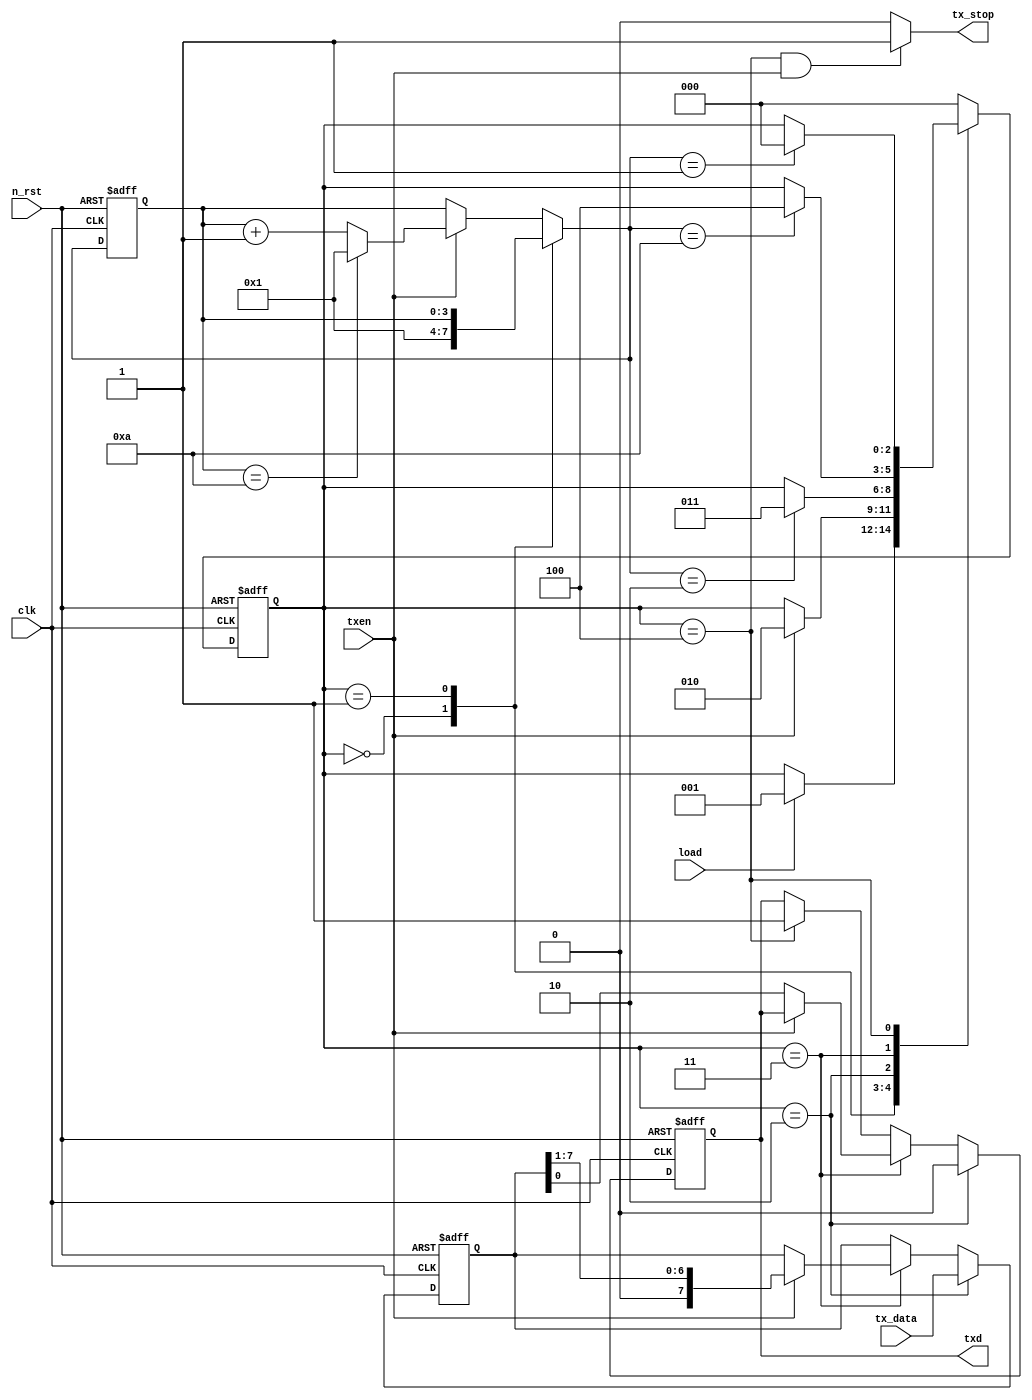
module tx(
    clk,
    n_rst,
    load,
    txen,
    tx_data,
    txd,
    tx_stop
);

input clk;
input n_rst;
input load;
input txen;
input [7:0] tx_data;

output reg txd;
output tx_stop;

localparam ST0 = 3'h0;
localparam ST1 = 3'h1;
localparam ST2 = 3'h2;
localparam ST3 = 3'h3;
localparam ST4 = 3'h4;

reg [2:0] c_state;
reg [2:0] n_state;

reg [3:0] c_cnt;
reg [3:0] n_cnt;

always @(posedge clk or negedge n_rst) begin
    if(!n_rst) begin
        c_state <= ST0;
        c_cnt <= 4'h1;
    end
    else begin
        c_state <= n_state;
        c_cnt <= n_cnt;
    end
end

always @(c_state or load or txen or n_cnt) begin
    case(c_state)
    ST0 : n_state = (load == 1'b1) ? ST1 : c_state;
    ST1 : n_state = (txen == 1'b1) ? ST2 : c_state;
    ST2 : n_state = (n_cnt == 4'h2) ? ST3 : c_state;
    ST3 : n_state = (n_cnt == 4'hA) ? ST4 : c_state;
    ST4 : n_state = (n_cnt == 4'h1) ? ST0 : c_state;
    default : n_state = ST0;
    endcase
end

always @(c_state or txen or c_cnt) begin
    case(c_state)
    ST0 : n_cnt = 4'h1;
    ST1 : n_cnt = c_cnt;
    default : n_cnt = (txen == 1'b0) ? c_cnt :
                      (c_cnt == 4'hA) ? 4'h1 : c_cnt + 4'h1;
    endcase
end

reg [7:0] tx_data_in;

always @(posedge clk or negedge n_rst) begin
    if(!n_rst) begin
        tx_data_in <= 8'h00;
    end
    else if(c_state == ST2) begin
        tx_data_in <= tx_data;
    end
    else if(c_state == ST3) begin
        tx_data_in <= (txen == 1'b1) ? {1'b0, tx_data_in[7:1]} : tx_data_in;
    end
    else begin
        tx_data_in <= tx_data_in;
    end
end

always @(posedge clk or negedge n_rst) begin
    if(!n_rst) begin
        txd <= 1'b1;
    end
    else if(c_state == ST2) begin
        txd <= 1'b0;
    end
    else if(c_state == ST3) begin
        txd <= (txen == 1'b0) ? tx_data_in[0] : txd;
    end
    else if(c_state == ST4) begin
        txd <= 1'b1;
    end
    else begin
        txd <= txd;
    end
end

assign tx_stop = ((c_state == ST4)&&(txen == 1'b1)) ? 1'b1 : 1'b0;

endmodule